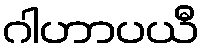
ဂါဟာပယီ